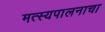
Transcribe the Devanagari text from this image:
मत्स्यपालनाचा